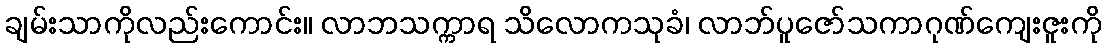
ချမ်းသာကိုလည်းကောင်း။ လာဘသက္ကာရ သိလောကသုခံ၊ လာဘ်ပူဇော်သကာဂုဏ်ကျေးဇူးကို